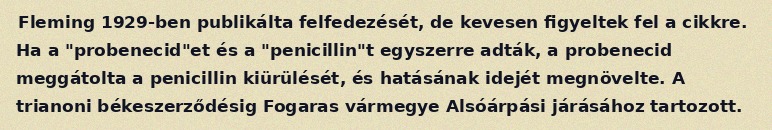
Fleming 1929-ben publikálta felfedezését, de kevesen figyeltek fel a cikkre. Ha a "probenecid"et és a "penicillin"t egyszerre adták, a probenecid meggátolta a penicillin kiürülését, és hatásának idejét megnövelte. A trianoni békeszerződésig Fogaras vármegye Alsóárpási járásához tartozott.